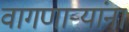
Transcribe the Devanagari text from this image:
वागणाऱ्यांना